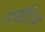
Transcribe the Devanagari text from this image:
पायटिज़्म